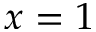
x = 1